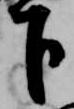
下